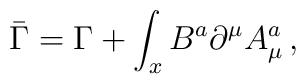
\bar{\Gamma}=\Gamma +\displaystyle\int_xB^a{\partial }^\mu A_\mu ^a\, ,